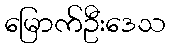
မြောက်ဦးဒေသ